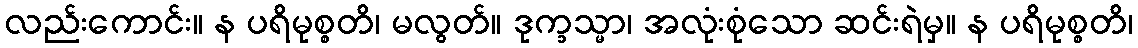
လည်းကောင်း။ န ပရိမုစ္စတိ၊ မလွတ်။ ဒုက္ခသ္မာ၊ အလုံးစုံသော ဆင်းရဲမှ။ န ပရိမုစ္စတိ၊